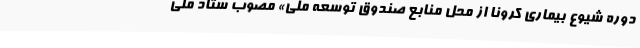
دوره شیوع بیماری کرونا از محل منابع صندوق توسعه ملی» مصوب ستاد ملی